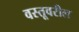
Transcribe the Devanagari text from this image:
वस्तूवरील